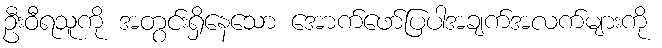
ဦးဝီရသူကို အတွင်းရှိနေသော အောက်ဖော်ပြပါအချက်အလက်များကို